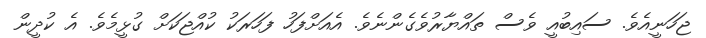
ޖަހަނީއެވެ. ސައިބުއީ ވެސް ތައްޔާރުވެގެންނެވެ. އެއަށްފަހު ފަހަރަކު ކުއްޖަކަށް ގުޅީމެވެ. އެ ކުދީން